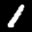
Label: 1